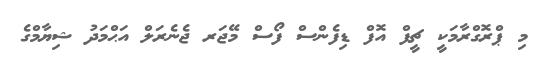
މި ޕްރޮގްރާމަކީ ޗީފް އޮފް ޑިފެންސް ފޯސް މޭޖަރ ޖެނެރަލް އަޙްމަދު ޝިޔާމްގެ